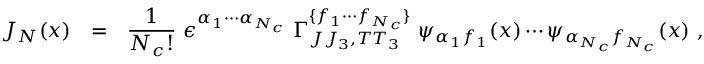
J _ { N } ( x ) \ \ = \ \ \frac { 1 } { N _ { c } ! } \, \, \epsilon ^ { \alpha _ { 1 } \cdots \alpha _ { N _ { c } } } \, \, \Gamma _ { J J _ { 3 } , T T _ { 3 } } ^ { \{ f _ { 1 } \cdots f _ { N _ { c } } \} } \, \, \psi _ { \alpha _ { 1 } f _ { 1 } } ( x ) \cdots \psi _ { \alpha _ { N _ { c } } f _ { N _ { c } } } ( x ) \, \, ,